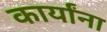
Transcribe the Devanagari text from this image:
कार्यांना